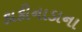
કાકીનાડાના